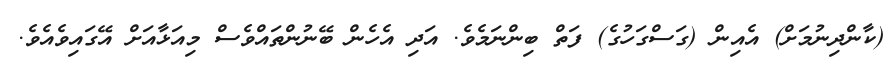
(ކާންދިނުމަށް) އެއިން (ގަސްގަހުގެ) ފަތް ބިންނަމެވެ. އަދި އެހެން ބޭނުންތައްވެސް މިއަޅާއަށް އޭގައިވެއެވެ.